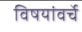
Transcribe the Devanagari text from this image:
विषयांवर्चे